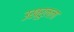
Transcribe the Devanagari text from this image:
उख्रुलला